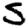
Digit: 5